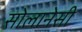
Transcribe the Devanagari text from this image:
सोलानेसी